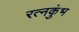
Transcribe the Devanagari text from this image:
रत्नकुंभ